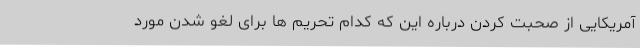
آمریکایی از صحبت کردن درباره این که کدام تحریم ها برای لغو شدن مورد